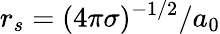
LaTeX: r_{s}=(4\pi\sigma)^{-1/2}/a_{0}